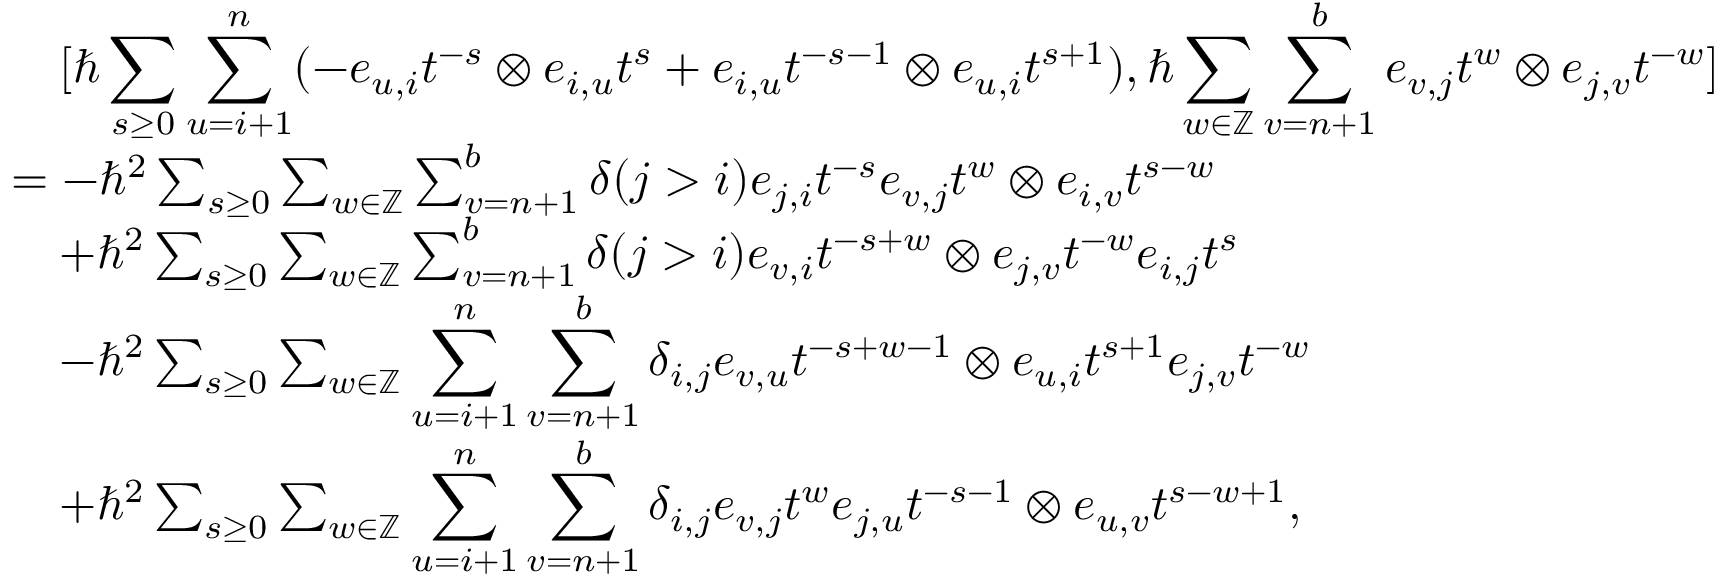
\begin{array} { r l } & { \quad [ \hbar \displaystyle \sum _ { s \geq 0 } \displaystyle \sum _ { u = i + 1 } ^ { n } ( - e _ { u , i } t ^ { - s } \otimes e _ { i , u } t ^ { s } + e _ { i , u } t ^ { - s - 1 } \otimes e _ { u , i } t ^ { s + 1 } ) , \hbar \sum _ { w \in \mathbb { Z } } \sum _ { v = n + 1 } ^ { b } e _ { v , j } t ^ { w } \otimes e _ { j , v } t ^ { - w } ] } \\ & { = - \hbar ^ { 2 } \sum _ { s \geq 0 } \sum _ { w \in \mathbb { Z } } \sum _ { v = n + 1 } ^ { b } \delta ( j > i ) e _ { j , i } t ^ { - s } e _ { v , j } t ^ { w } \otimes e _ { i , v } t ^ { s - w } } \\ & { \quad + \hbar ^ { 2 } \sum _ { s \geq 0 } \sum _ { w \in \mathbb { Z } } \sum _ { v = n + 1 } ^ { b } \delta ( j > i ) e _ { v , i } t ^ { - s + w } \otimes e _ { j , v } t ^ { - w } e _ { i , j } t ^ { s } } \\ & { \quad - \hbar ^ { 2 } \sum _ { s \geq 0 } \sum _ { w \in \mathbb { Z } } \displaystyle \sum _ { u = i + 1 } ^ { n } \sum _ { v = n + 1 } ^ { b } \delta _ { i , j } e _ { v , u } t ^ { - s + w - 1 } \otimes e _ { u , i } t ^ { s + 1 } e _ { j , v } t ^ { - w } } \\ & { \quad + \hbar ^ { 2 } \sum _ { s \geq 0 } \sum _ { w \in \mathbb { Z } } \displaystyle \sum _ { u = i + 1 } ^ { n } \sum _ { v = n + 1 } ^ { b } \delta _ { i , j } e _ { v , j } t ^ { w } e _ { j , u } t ^ { - s - 1 } \otimes e _ { u , v } t ^ { s - w + 1 } , } \end{array}